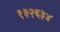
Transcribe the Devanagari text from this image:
१३२६३४